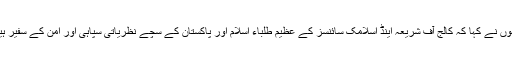
انہوں نے کہا کہ کالج آف شریعہ اینڈ اسلامک سائنسز کے عظیم طلباء اسلام اور پاکستان کے سچے نظریاتی سپاہی اور امن کے سفیر ہیں۔